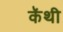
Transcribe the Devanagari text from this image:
कॅथी